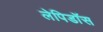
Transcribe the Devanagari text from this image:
लेपिडॉस